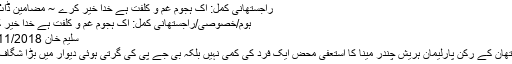
راجستھانی کمل: اک ہجومِ غم و کلفت ہے خدا خیر کرے ~ مضامین ڈاٹ کام
ہوم/خصوصی/راجستھانی کمل: اک ہجومِ غم و کلفت ہے خدا خیر کرے
سلیم خان 18/11/2018
راجستھان کے رکن پارلیمان ہریش چندر مینا کا استعفیٰ محض ایک فرد کی کمی نہیں بلکہ بی جے پی کی گرتی ہوئی دیوار میں بڑا شگاف ہے۔